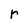
Character: r